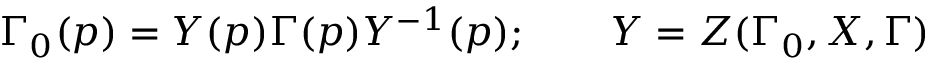
\Gamma _ { 0 } ( p ) = Y ( p ) \Gamma ( p ) Y ^ { - 1 } ( p ) ; \qquad Y = Z ( \Gamma _ { 0 } , X , \Gamma )